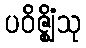
ပဝိဇ္ဈိံသု